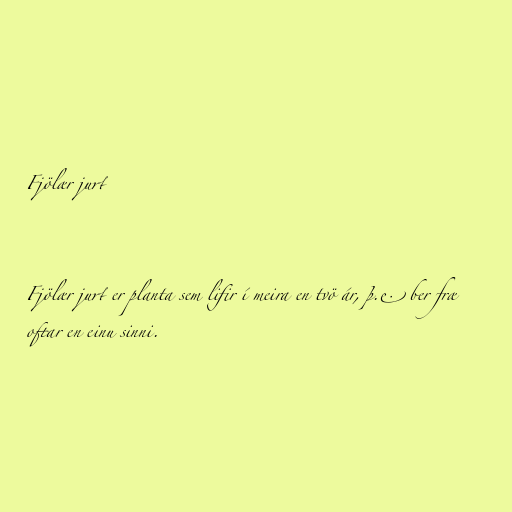
Fjölær jurt

Fjölær jurt er planta sem lifir í meira en tvö ár, þ.e. ber fræ
oftar en einu sinni.